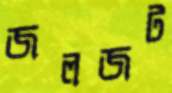
জলজট